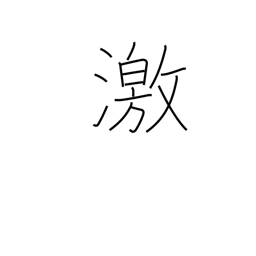
Meaning: enraged